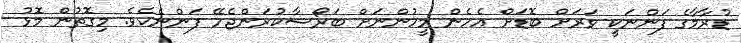
ޑުރާމާގެ ފަންނަކީ ވަރަށް ބޮޑަށް އެހެން މީހުންނަށް ބަރޯސާކުރަންޖެހޭ ފަންނެކެވެ. މިގޮތުން މޮޅު